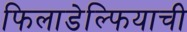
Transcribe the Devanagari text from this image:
फिलाडेल्फियाची